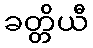
ခတ္တိယီ